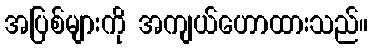
အပြစ်များကို အကျယ်ဟောထားသည်။